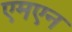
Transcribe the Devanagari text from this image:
एमएन